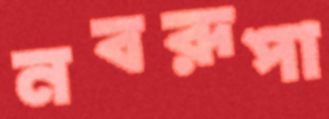
নবরূপা